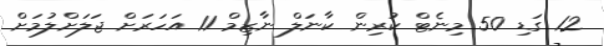
12 ގަޑި 50 މިނެޓް ކުރިން ކާނަލް ނާޒިމް 11 އަހަރަށް ޖަލަށްލުމަށް